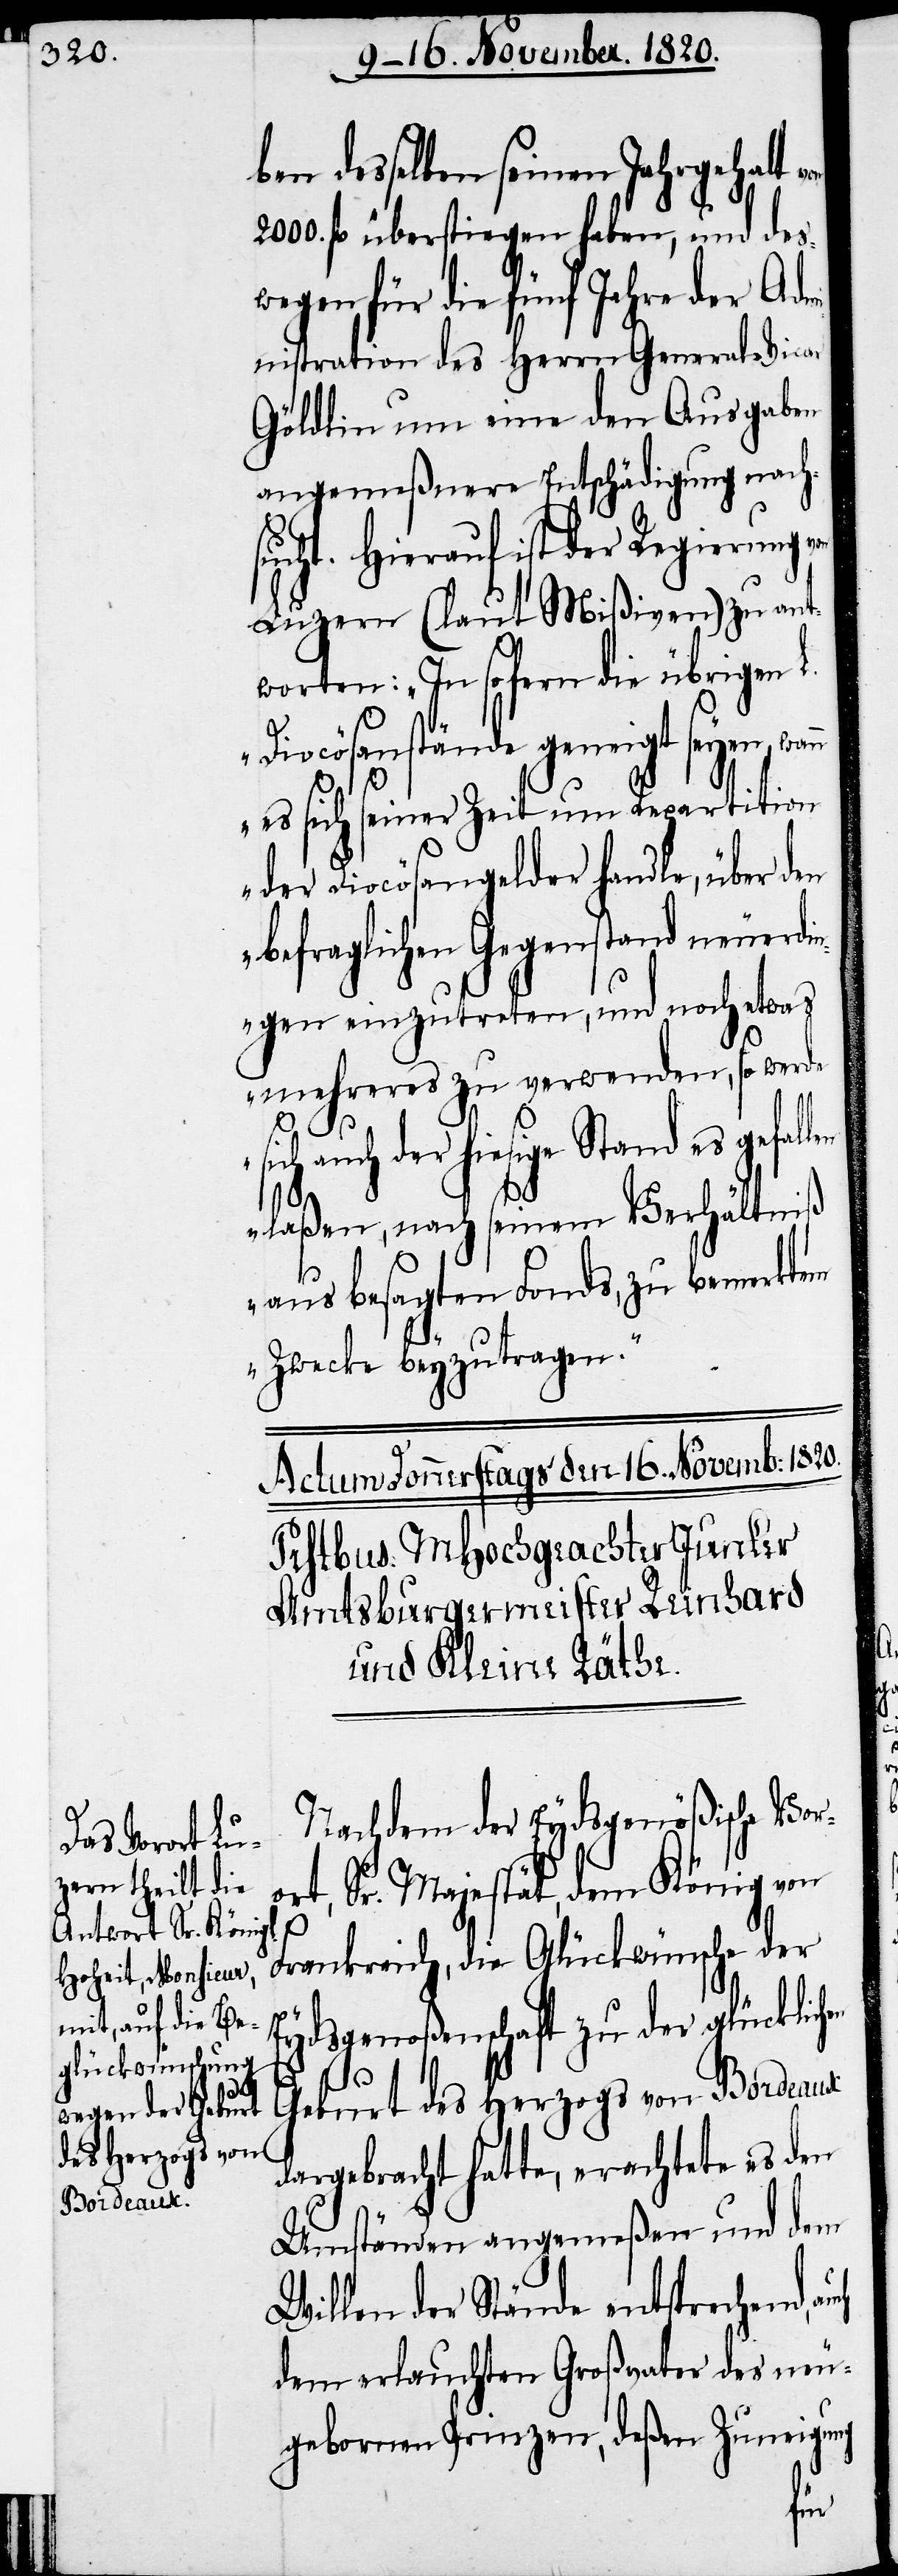
ben desselben seinem Jahrgehalt
2000. fl überstiegen haben, und des¬
wegen für die fünf Jahre der Ad¬
ministration des Herrn General-Vicar
Göldlin um eine den Ausgaben
angemeßenere Entschädigung nach¬
sucht. Hierauf ist der Regierung
Luzern (laut Mißiven) zu ant¬
worten: „In sofern die übrigen L.
Diocösanstände geneigt seyen,
es sich seiner Zeit um Repartition
der Diocösengelder handle, über den
befraglichen Gegenstand neuerdi¬
ngen einzutreten, und noch etwas
mehreres zu verwenden, so werde
s¬
ich auch der hiesige Stand es gefal¬
laßen, nach seinem Verhältniß
aus besagtem Fonds, zu bemerktem
Zwecke beyzutragen“.
Nachdem der Eydsgenößische Vor¬
ort, Sr. Majestät, dem König von
Frankreich, die Glückwünsche der
Eydsgenoßenschaft zu der glücklich¬
en
Geburt des Herzogs von Bordeaux
dargebracht hatte, erachtete es den
Umständen angemeßen und dem
Willen der Stände entsprechend,
dem erlauchten Großvater des neu¬
gebornen Prinzen, deßen Zuneigung
len